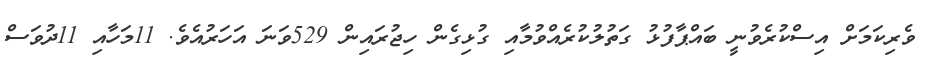
ވެރިކަމަށް އިސްކުރެވުނީ ބައްޕާފުޅު ގަތުލުކުރެއްވުމާއި ގުޅިގެން ހިޖުރައިން 529ވަނަ އަހަރުއެވެ. 11މަހާއި 11ދުވަސް